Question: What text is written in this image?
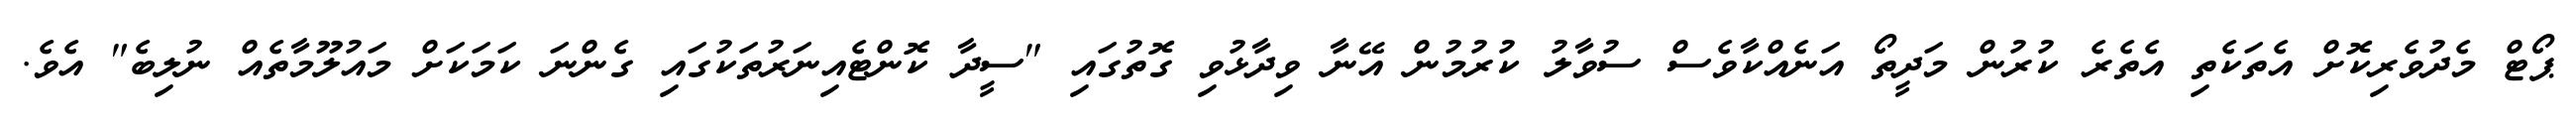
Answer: ޕޯޓް މެދުވެރިކޮށް އެތަކެތި އެތެރެ ކުރުން މަދީތޯ އަނެއްކާވެސް ސުވާލު ކުރުމުން އޭނާ ވިދާޅުވި ގޮތުގައި "ސީދާ ކޮންޓެއިނަރުތަކުގައި ގެންނަ ކަމަކަށް މައުލޫމާތެއް ނުލިބެ" އެވެ.